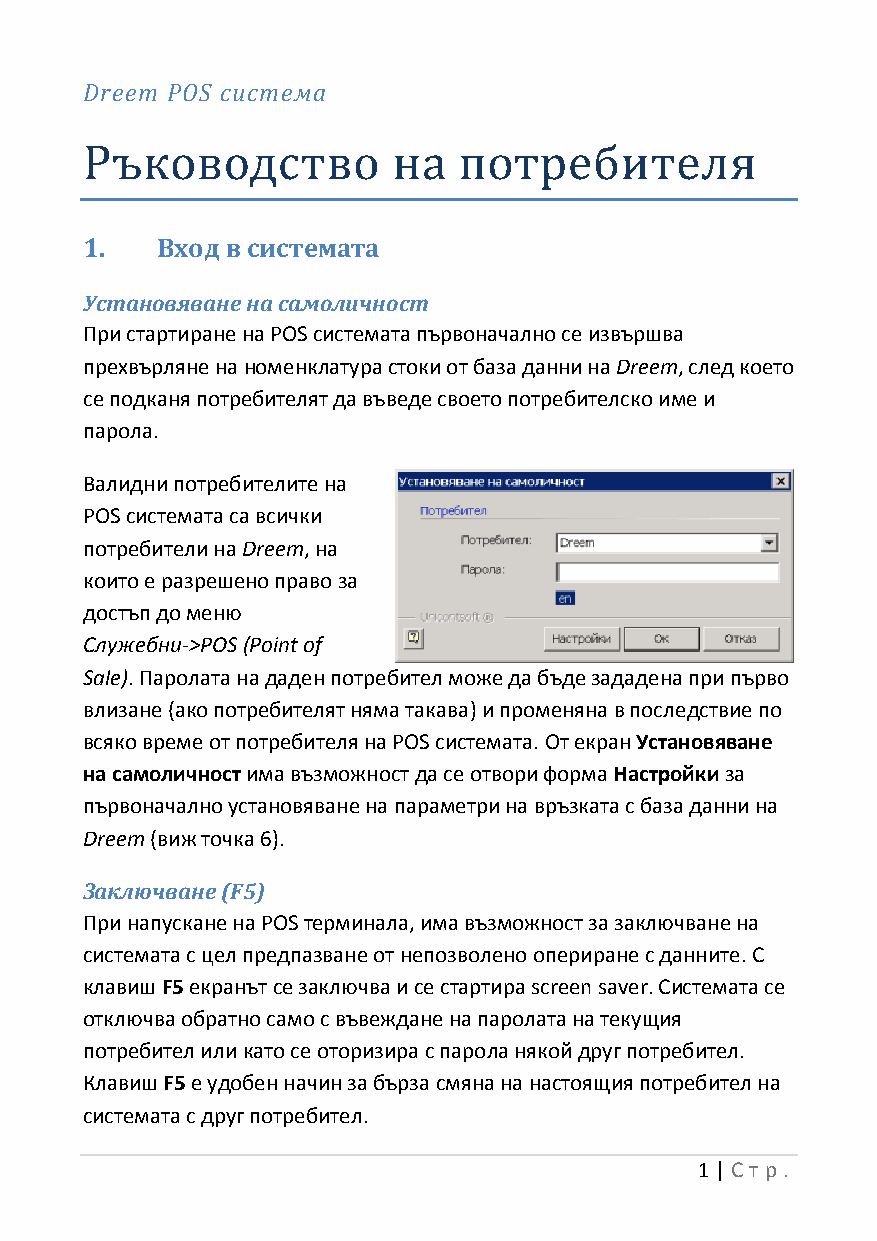
Dreem POS система
 Ръководство          на  потребителя
 1.   Вход в системата
 Установяване на самоличност
 При стартиране на POS системата първоначално се извършва
 прехвърляне на номенклатура стоки от база данни на Dreem, след което
 се подканя потребителят да въведе своето потребителско име и
 парола.
 Валидни потребителите на
 POS системата са всички
 потребители на Dreem, на
 които е разрешено право за
 достъп до меню
 Служебни->POS (Point of
 Sale). Паролата на даден потребител може да бъде зададена при първо
 влизане (ако потребителят няма такава) и променяна в последствие по
 всяко време от потребителя на POS системата. От екран Установяване
 на самоличност има възможност да се отвори форма Настройки за
 първоначално установяване на параметри на връзката с база данни на
 Dreem (виж точка 6).
 Заключване (F5)
 При напускане на POS терминала, има възможност за заключване на
 системата с цел предпазване от непозволено опериране с данните. С
 клавиш F5 екранът се заключва и се стартира screen saver. Системата се
 отключва обратно само с въвеждане на паролата на текущия
 потребител или като се оторизира с парола някой друг потребител.
 Клавиш F5 е удобен начин за бърза смяна на настоящия потребител на
 системата с друг потребител.
 1 | Ст р.